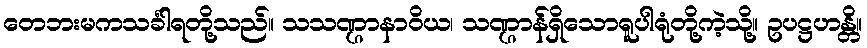
တေဘးမကသင်္ခါရတို့သည်။ သသဏ္ဌာနာဝိယ၊ သဏ္ဌာန်ရှိသောရူပါရုံတို့ကဲ့သို့။ ဥပဋ္ဌဟန္တိ။